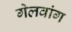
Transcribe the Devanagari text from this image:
गेलवांग